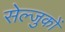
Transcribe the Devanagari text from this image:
सेल्जुकों